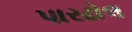
પારઢોલ